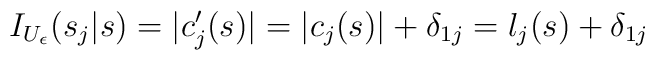
I_{U_{\epsilon}}(s_j|s)=|c'_j(s)|=|c_j(s)|+\delta_{1j}=l_j(s)+\delta_{1j}